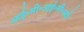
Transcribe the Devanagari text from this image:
आई॰सी॰आई॰सी॰आई॰